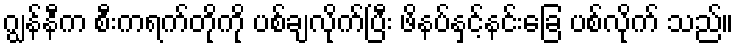
ဂျွန်နီက စီးကရက်တိုကို ပစ်ချလိုက်ပြီး ဖိနပ်နှင့်နင်းခြေ ပစ်လိုက် သည်။